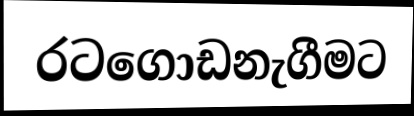
රටගොඩනැගීමට